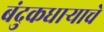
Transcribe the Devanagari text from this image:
बंदुकधाऱ्याचे